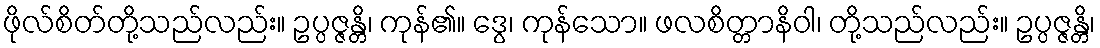
ဖိုလ်စိတ်တို့သည်လည်း။ ဥပ္ပဇ္ဇန္တိ၊ ကုန်၏။ ဒွေ၊ ကုန်သော။ ဖလစိတ္တာနိဝါ၊ တို့သည်လည်း။ ဥပ္ပဇ္ဇန္တိ၊